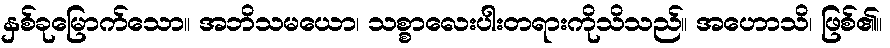
နှစ်ခုမြောက်သော။ အဘိသမယော၊ သစ္စာလေးပါးတရားကိုသိသည်။ အဟောသိ၊ ဖြစ်၏။